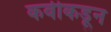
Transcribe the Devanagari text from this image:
कवीकडून